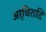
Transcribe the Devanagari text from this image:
अर्चिरादि